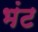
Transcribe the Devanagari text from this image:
भंट